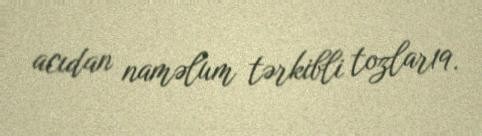
acıdan naməlum tərkibli tozlar19.